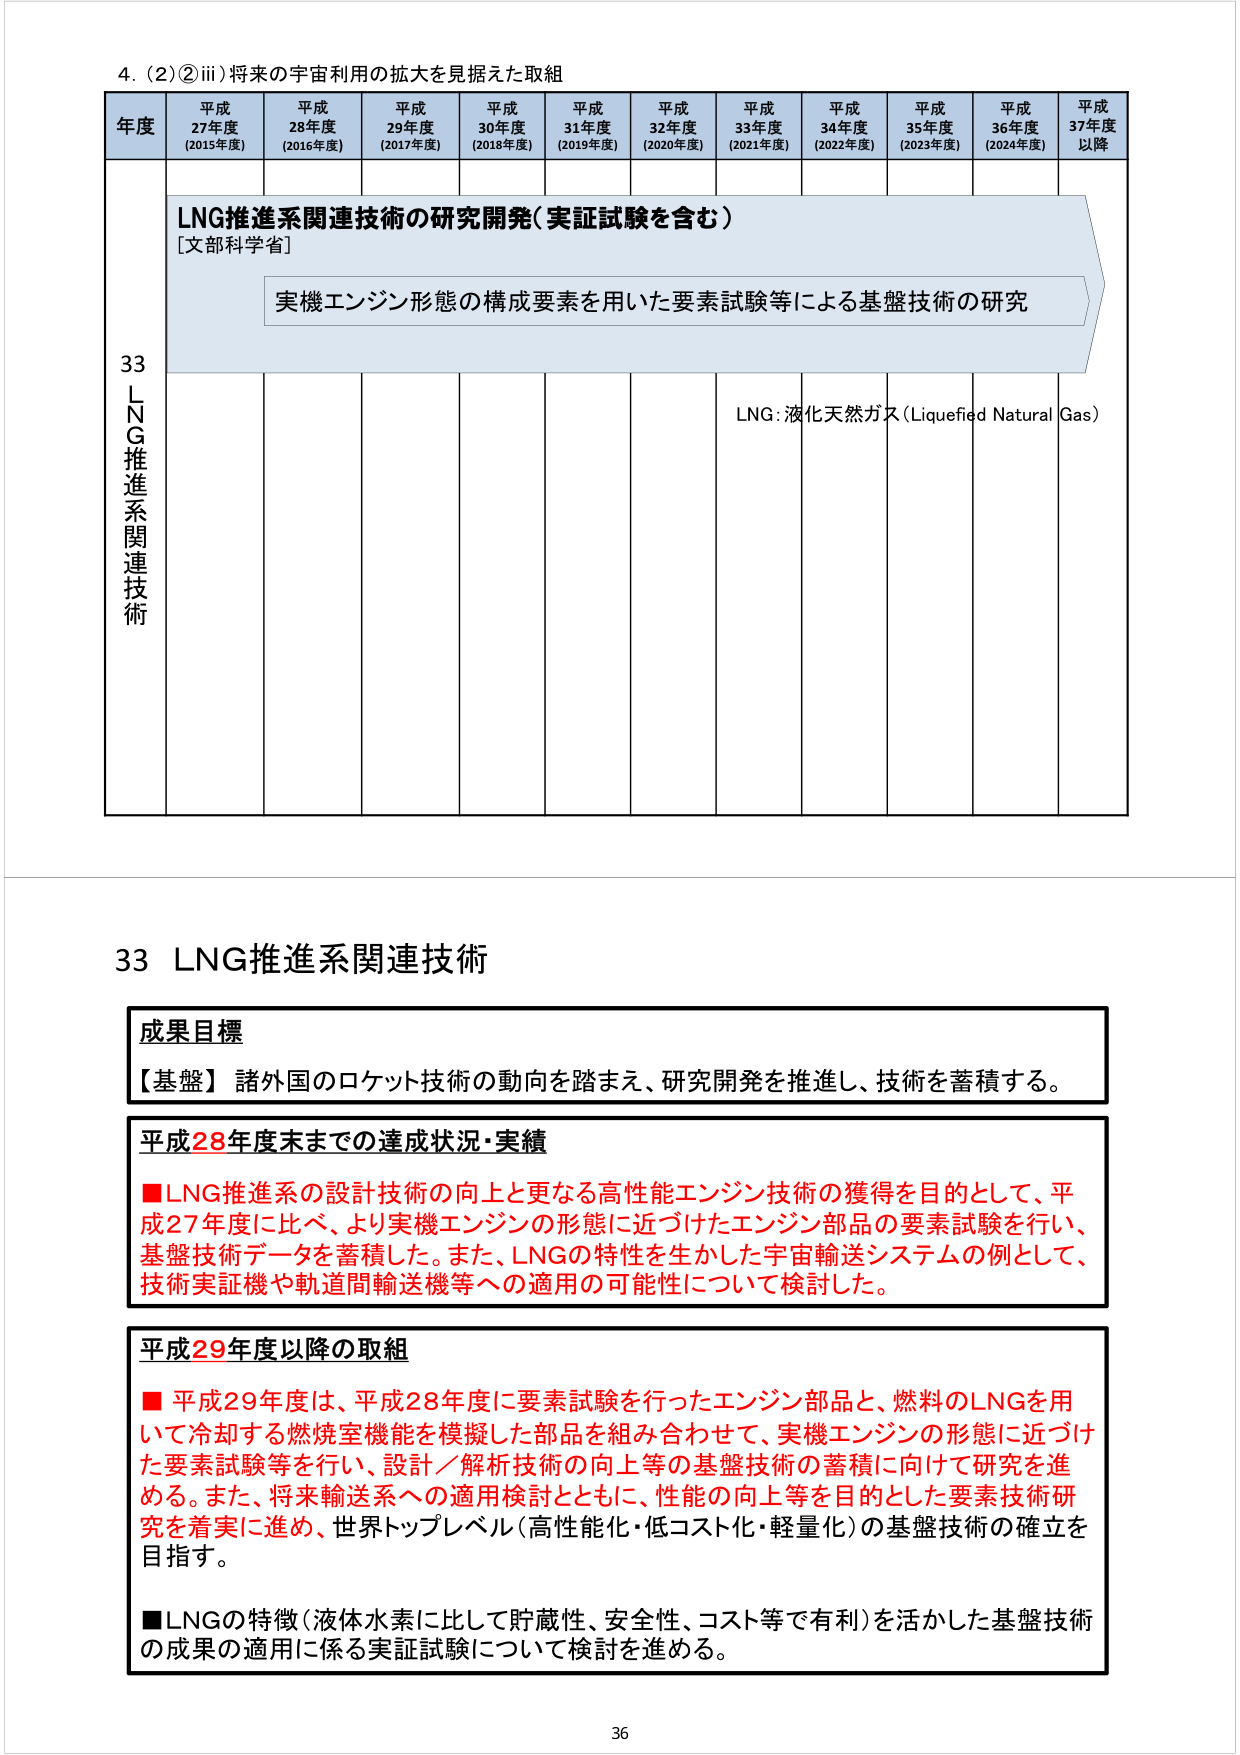
4. (2) ② iii) 将来の宇宙利用の拡大を見据えた取組

年度 平成27年度 (2015年度) 平成28年度 (2016年度) 平成29年度 (2017年度) 平成30年度 (2018年度) 平成31年度 (2019年度) 平成32年度 (2020年度) 平成33年度 (2021年度) 平成34年度 (2022年度) 平成35年度 (2023年度) 平成36年度 (2024年度) 平成37年度以降

33 LNG推進系関連技術

LNG推進系関連技術の研究開発（実証試験を含む）
[文部科学省]

実機エンジン形態の構成要素を用いた要素試験等による基盤技術の研究

LNG：液化天然ガス（Liquefied Natural Gas）

33 LNG推進系関連技術

成果目標
【基盤】諸外国のロケット技術の動向を踏まえ、研究開発を推進し、技術を蓄積する。

平成28年度末までの達成状況・実績
■LNG推進系の設計技術の向上と更なる高性能エンジン技術の獲得を目的として、平成27年度に比べ、より実機エンジンの形態に近づけたエンジン部品の要素試験を行い、基盤技術データを蓄積した。また、LNGの特性を生かした宇宙輸送システムの例として、技術実証機や軌道間輸送機等への適用の可能性について検討した。

平成29年度以降の取組
■平成29年度は、平成28年度に要素試験を行ったエンジン部品と、燃料のLNGを用いて冷却する燃焼室機能を模擬した部品を組み合わせて、実機エンジンの形態に近づけた要素試験等を行い、設計／解析技術の向上等の基盤技術の蓄積に向けて研究を進める。また、将来輸送系への適用検討とともに、性能の向上等を目的とした要素技術研究を着実に進め、世界トップレベル（高性能化・低コスト化・軽量化）の基盤技術の確立を目指す。
■LNGの特徴（液体水素に比して貯蔵性、安全性、コスト等で有利）を活かした基盤技術の成果の適用に係る実証試験について検討を進める。

36